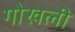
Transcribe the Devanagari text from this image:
गोखली